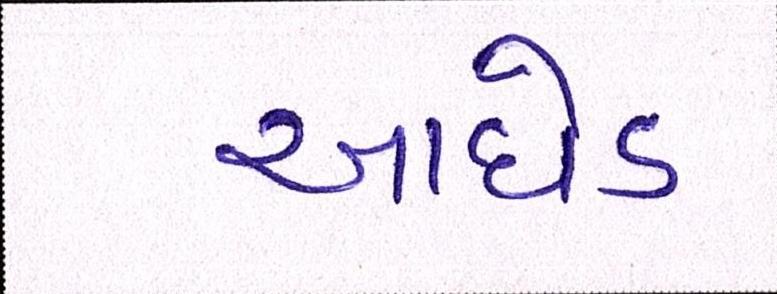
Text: આધેડ